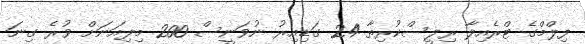
ފިލްމްގެ ޓްރެއިލާ ރިލީސްކުރިތާ 24 ގަޑިއިރު ނުވަނީސް 200 މިލިއަނަށް ވުރެ ގިނަ